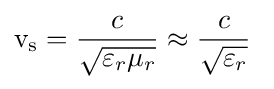
\mathrm {v_{s}} ={\frac {c}{\sqrt {\varepsilon _{r}\mu _{r}}}}\approx {\frac {c}{\sqrt {\varepsilon _{r}}}}\